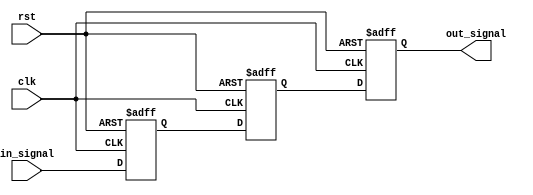
module cascade_sync(
    input wire clk,
    input wire rst,
    input wire in_signal,
    output reg out_signal
);

reg [2:0] ff1, ff2, ff3;

always @(posedge clk or posedge rst) begin
    if (rst) begin
        ff1 <= 1'b0;
        ff2 <= 1'b0;
        ff3 <= 1'b0;
    end else begin
        ff1 <= in_signal;
        ff2 <= ff1;
        ff3 <= ff2;
    end
end

assign out_signal = ff3;

endmodule